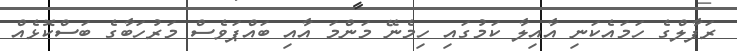
ރަފާލްގެ ހަމައެކަނި އާއިލާ ކަމުގައި ހިމެނޭ މަންމަ އާއި ބައްޕަވެސް މަރުހަބާގެ ބަސްކޮޅެއް